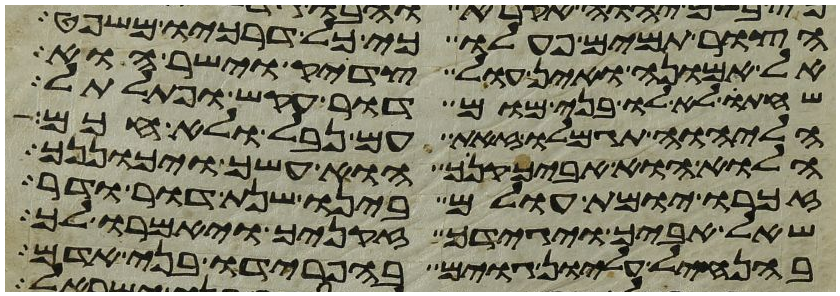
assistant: הצור תמים פעלו כי כל דרכיו משפט
אל אמונה ואין עול צדיק וישר הוא
שחתו לא לו בני מום דור עקש ופתלתל
הליהוה תגמלו זאת עם נבל ולא חכם
הלוא הוא אביך קנך הוא עשך ויכוננך
זכרו יומת עולם בינו שנת דור ודר
שאל אביך ויגידך זקניך ויאמרו לך
בהנחיל עליון גוים בהפרידו בני אדם